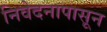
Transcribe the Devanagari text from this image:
निवेदनापासून